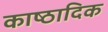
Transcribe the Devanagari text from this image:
काष्‍ठादिक